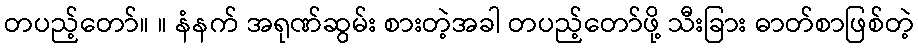
တပည့်တော်။ ။ နံနက် အရုဏ်ဆွမ်း စားတဲ့အခါ တပည့်တော်ဖို့ သီးခြား ဓာတ်စာဖြစ်တဲ့